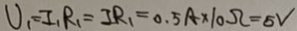
U _ { 1 } = I _ { 1 } R _ { 1 } = I R _ { 1 } = 0 . 5 A \times 1 0 \Omega = 5 V